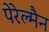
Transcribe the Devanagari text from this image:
पेरेल्मैन